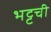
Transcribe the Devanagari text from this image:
भट्टची